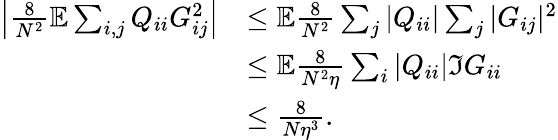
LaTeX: \begin{array}{rl}{\left|\frac{8}{N^{2}}\mathbb{E}\sum_{i,j}Q_{ii}G_{ij}^{2}\right|}&{\leq\mathbb{E}\frac{8}{N^{2}}\sum_{j}|Q_{ii}|\sum_{j}|G_{ij}|^{2}}\\ &{\leq\mathbb{E}\frac{8}{N^{2}\eta}\sum_{i}|Q_{ii}|\Im G_{ii}}\\ &{\leq\frac{8}{N\eta^{3}}.}\end{array}